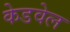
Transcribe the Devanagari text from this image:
केडवेल